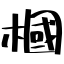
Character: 槶